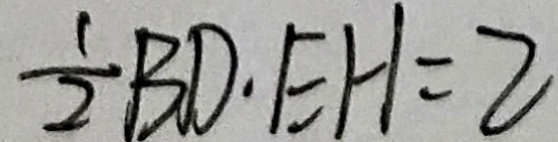
\frac { 1 } { 2 } B D \cdot E H = 2